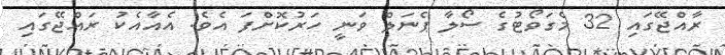
ރާއްޖޭގައި 32 މެގަވޯޓުގެ ސޯލާ ޕެނަލް ވަނީ ހަރުކޮށްފަ އެވެ. އެއާއެކު ރައްޖޭގައި